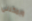
ويمكنني